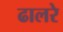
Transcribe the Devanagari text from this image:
ढालरे